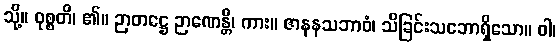
သို့။ ဝုစ္စတိ၊ ၏။ ဉာတဋ္ဌေ ဉာဏေန္တိ၊ ကား။ ဇာနနသဘာဝံ၊ သိခြင်းသဘောရှိသော။ ဝါ၊